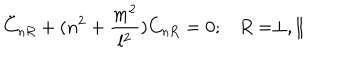
LaTeX: \ddot { C } _ { n R } + ( n ^ { 2 } + \frac { m ^ { 2 } } { l ^ { 2 } } ) C _ { n R } = 0 ; R = \perp , \parallel